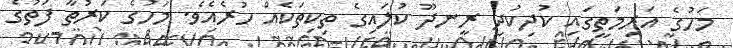
މަހުގެ އަރިމަތީގައި ކުދިކުދި ރީނދޫ ކުލައިގެ ތިކިތަކެއް ހުރެއެވެ. މަހުގެ ކަރުތާ ފަތުގެ